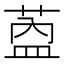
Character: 𬝎